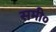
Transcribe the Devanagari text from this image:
समी०